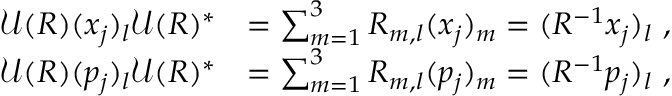
\begin{array} { r l } { \mathcal { U } ( R ) ( x _ { j } ) _ { l } \mathcal { U } ( R ) ^ { * } } & { = \sum _ { m = 1 } ^ { 3 } R _ { m , l } ( x _ { j } ) _ { m } = ( R ^ { - 1 } x _ { j } ) _ { l } \ , } \\ { \mathcal { U } ( R ) ( p _ { j } ) _ { l } \mathcal { U } ( R ) ^ { * } } & { = \sum _ { m = 1 } ^ { 3 } R _ { m , l } ( p _ { j } ) _ { m } = ( R ^ { - 1 } p _ { j } ) _ { l } \ , } \end{array}